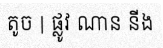
តូច | ផ្លូវ ណាន នីង